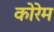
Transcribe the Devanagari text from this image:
कोरेम